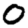
Digit: 0